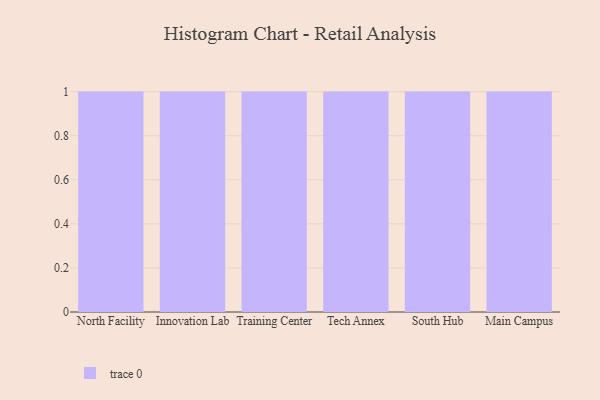
{"axis": {"x": "Campus", "y": "Active Users"}, "legend": [""], "data": [{"x": "North Facility", "y": 67, "type": ""}, {"x": "Innovation Lab", "y": 8, "type": ""}, {"x": "Training Center", "y": 42, "type": ""}, {"x": "Tech Annex", "y": 37, "type": ""}, {"x": "South Hub", "y": 34, "type": ""}, {"x": "Main Campus", "y": 20, "type": ""}]}